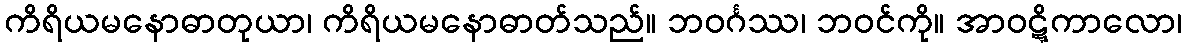
ကိရိယမနောဓာတုယာ၊ ကိရိယမနောဓာတ်သည်။ ဘဝင်္ဂဿ၊ ဘဝင်ကို။ အာဝဋ္ဋိကာလော၊